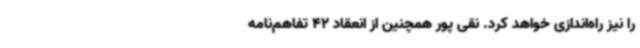
را نیز راه‌اندازی خواهد کرد. نقی پور همچنین از انعقاد 42 تفاهم‌نامه